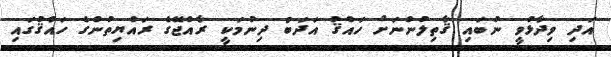
އަދި ވިދާޅުވީ ނުބައި ޤާތިލުންނަށް ހައްޤު އަދަބު ދިނުމަކީ ރާއްޖޭގެ ރައްޔިތުންގެ ހައްޤުގައި